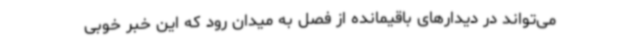
می‌تواند در دیدارهای باقیمانده از فصل به میدان رود که این خبر خوبی